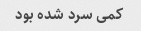
کمی سرد شده بود